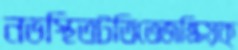
নভস্থিতটতিতেজষ্ক্রিয়ক্